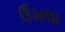
ઉખલા